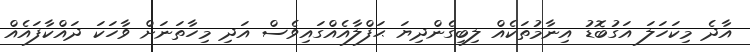
އާދެ މިކަހަލަ އަގުބޮޑު އިނާމުތަކެއް ލިބިގެންދިޔަ ޙަފްލާއެއްގައިވެސް އަދި މިހާތަނަށް ވާހަކަ ދައްކާފައެއް